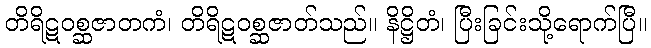
တိရိဋဝစ္ဆဇာတကံ၊ တိရိဋဝစ္ဆဇာတ်သည်။ နိဋ္ဌိတံ၊ ပြီးခြင်းသို့ရောက်ပြီ။